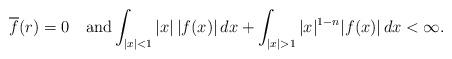
LaTeX: \begin{align*}\overline{f}(r)=0 \quad\hbox{and}\int_{|x|<1}|x|\,|f(x)|\,dx+\int_{|x|>1} |x|^{1-n}|f(x)|\,dx <\infty.\end{align*}